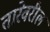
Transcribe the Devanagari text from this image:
तारेवरील